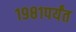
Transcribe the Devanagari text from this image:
१९८१पर्यंत